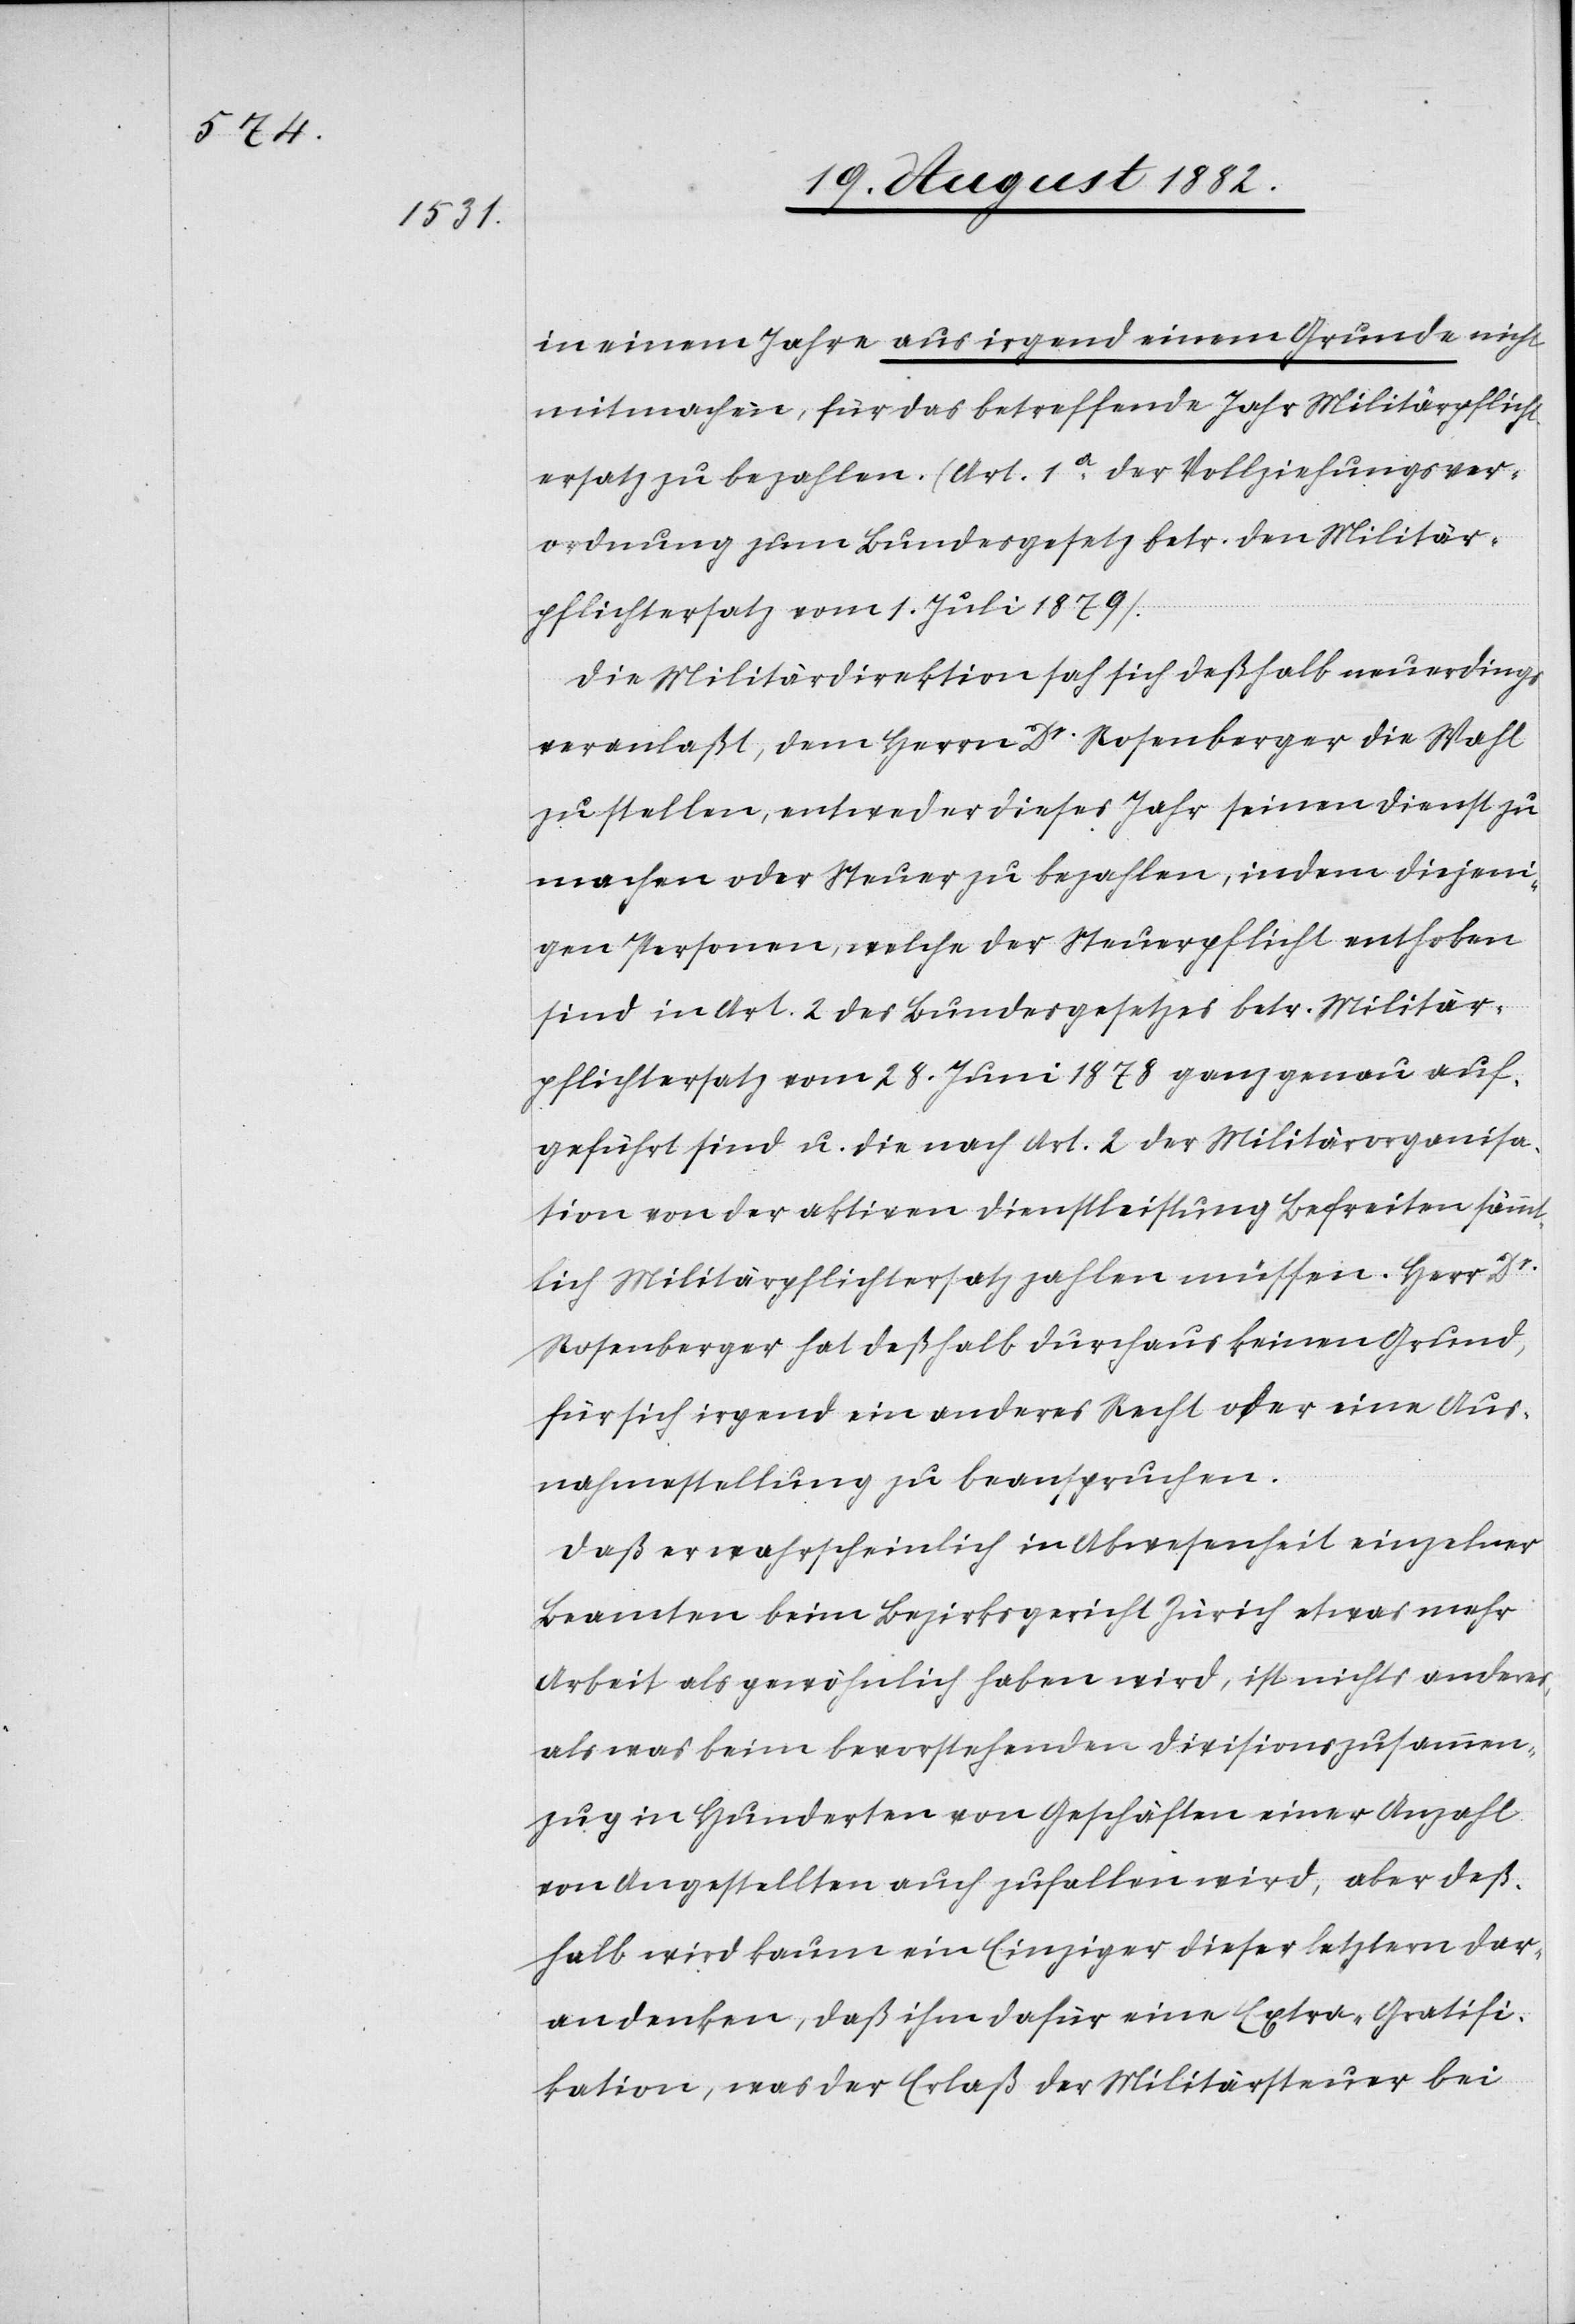
in einem Jahre aus irgend einem Grunde nicht
mitmachen, für das betreffende Jahr Militärpflich¬
tersatz zu bezahlen. (Art. 1a der Vollziehungsver¬
ordnung zum Bundesgesetz betr. den Militär¬
pflichtersatz vom 1. Juli 1879).
Die Militärdirektion sah sich deßhalb neuerdings
veranlaßt, dem Herrn Dr Rosenberger die Wahl
zu stellen, entweder dieses Jahr seinen Dienst zu
machen oder Steuer zu bezahlen, indem diejeni¬
gen Personen, welche der Steuerpflicht enthoben
sind in Art. 2 des Bundesgesetzes betr. Militär¬
pflichtersatz vom 28. Juni 1878 ganz genau auf¬
geführt sind u. die nach Art. 2 der Militärorganisa¬
tion von der aktiven Dienstleistung Befreiten sämmt¬
lich Militärpflichtersatz zahlen müssen. Herr Dr
Rosenberger hat deßhalb durchaus keinen Grund,
für sich irgend ein anderes Recht oder eine Aus¬
nahmestellung zu beanspruchen.
Daß er wahrscheinlich in Abwesenheit einzelner
Beamten beim Bezirksgericht Zürich etwas mehr
Arbeit als gewöhnlich haben wird, ist nichts anderes,
als was beim bevorstehenden Divisionszusammen¬
zug in Hunderten von Geschäften einer Anzahl
von Angestellten auch zufallen wird, aber deß¬
halb wird kaum ein Einziger dieser letztern dar¬
an denken, daß ihm dafür eine Extra-Gratifi¬
kation, was der Erlaß der Militärsteuer bei